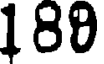
180